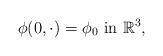
LaTeX: \begin{align*}\phi(0,\cdot) = \phi_0 \mbox{ in } \mathbb{R}^3,\end{align*}